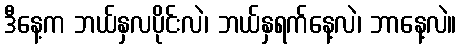
ဒီနေ့က ဘယ်နှလပိုင်းလဲ၊ ဘယ်နှရက်နေ့လဲ၊ ဘာနေ့လဲ။